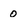
Character: 0